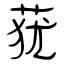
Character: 莸